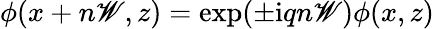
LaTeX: \phi(x+n\mathscr{W},z)=\exp(\pm\mathrm{{i}}qn\mathscr{W})\phi(x,z)